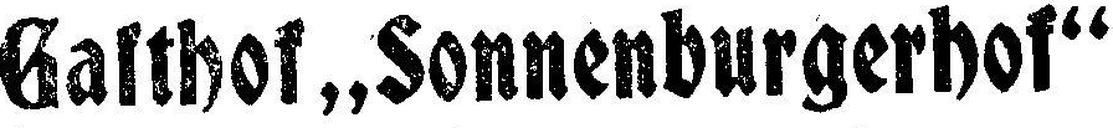
Gafthof „Sonnenburgerhof“